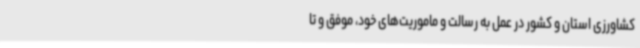
کشاورزی استان و کشور در عمل به رسالت و ماموریت‌های خود، موفق و تا